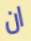
ان